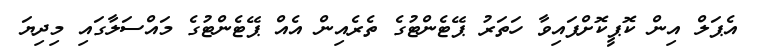
އެޕަލް އިން ކޮޕީކޮށްފައިވާ ހަތަރު ޕޭޓެންޓުގެ ތެރެއިން އެއް ޕޭޓެންޓުގެ މައްސަލާގައި މިދިޔަ